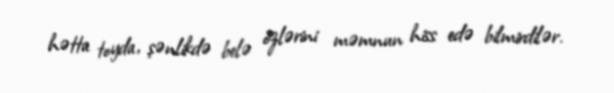
hətta toyda, şənlikdə belə özlərini məmnun hiss edə bilmirdilər.